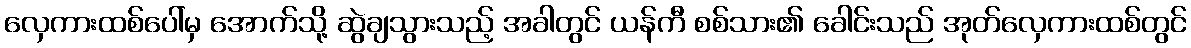
လှေကားထစ်ပေါ်မှ အောက်သို့ ဆွဲချသွားသည့် အခါတွင် ယန်ကီ စစ်သား၏ ခေါင်းသည် အုတ်လှေကားထစ်တွင်